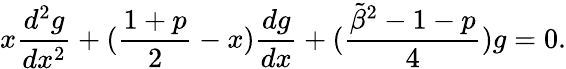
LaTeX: x{\frac{d^{2}g}{dx^{2}}}+({\frac{1+p}{2}}-x){\frac{dg}{dx}}+({\frac{{\tilde{\beta}}^{2}-1-p}{4}})g=0.